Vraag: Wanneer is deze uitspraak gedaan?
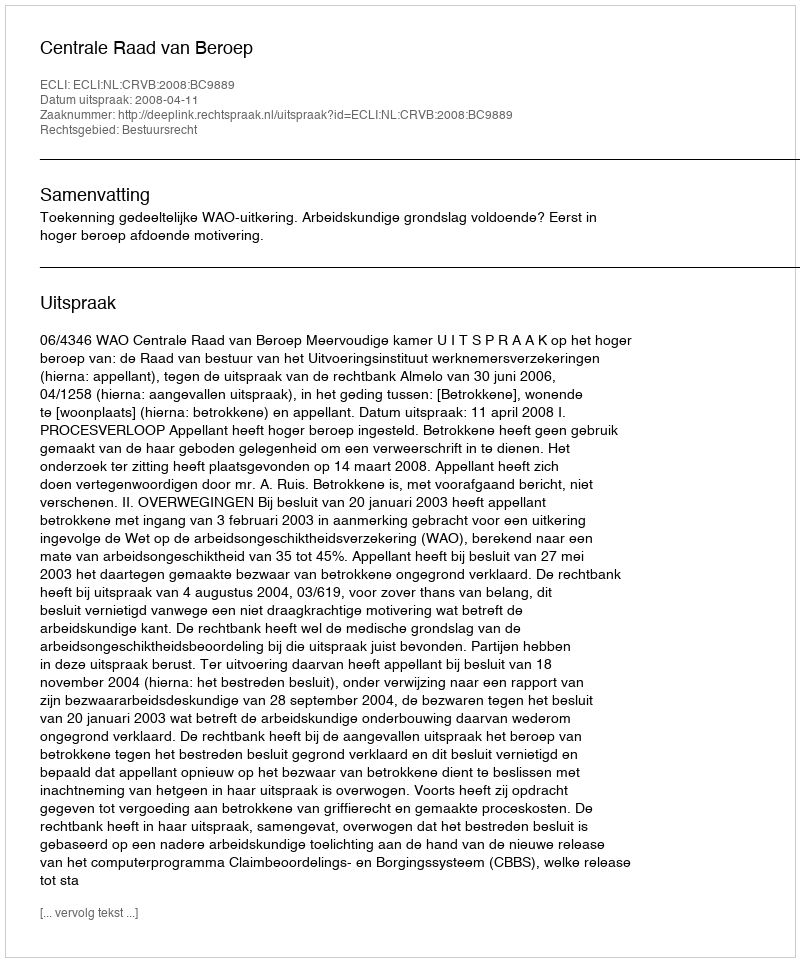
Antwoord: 2008-04-11